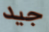
جيد